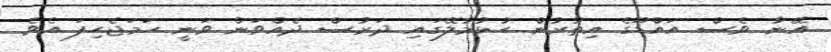
އޭނާ ވެސް އައްޑޫގެ އިތުރުން ހުޅުމާލޭގައި ދަރުސް ދެއްވަން ވަނީ ހަމަޖެހިފަ އެވެ.